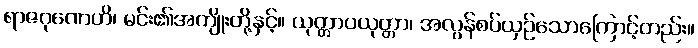
ရာဇဂုဏေဟိ၊ မင်း၏အကျိုးတို့နှင့်။ ယုတ္တာပယုတ္တာ၊ အလွန်စပ်ယှဉ်သောကြောင့်တည်း။